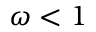
\omega < 1